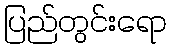
ပြည်တွင်းရော